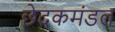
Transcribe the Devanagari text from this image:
छेदकमंडल